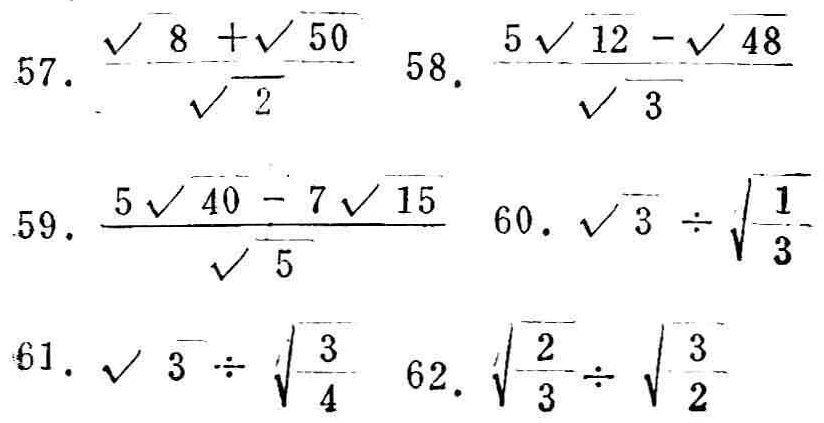
57. \(\frac{\sqrt{8}+\sqrt{50}}{\sqrt{2}}\)
58. \(\frac{5\sqrt{12}-\sqrt{48}}{\sqrt{3}}\)
59. \(\frac{5\sqrt{40}-7\sqrt{15}}{\sqrt{5}}\)
60. \(\sqrt{3}\div\sqrt{\frac{1}{3}}\)
61. \(\sqrt{3}\div\sqrt{\frac{3}{4}}\)
62. \(\sqrt{\frac{2}{3}}\div\sqrt{\frac{3}{2}}\)